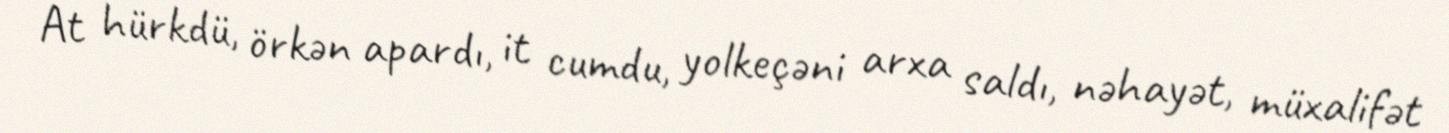
At hürkdü, örkən apardı, it cumdu, yolkeçəni arxa saldı, nəhayət, müxalifət